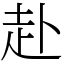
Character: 赴